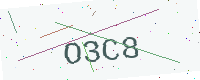
Text: O3C8